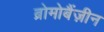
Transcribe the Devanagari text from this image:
ब्रोमोबैंज़ीन